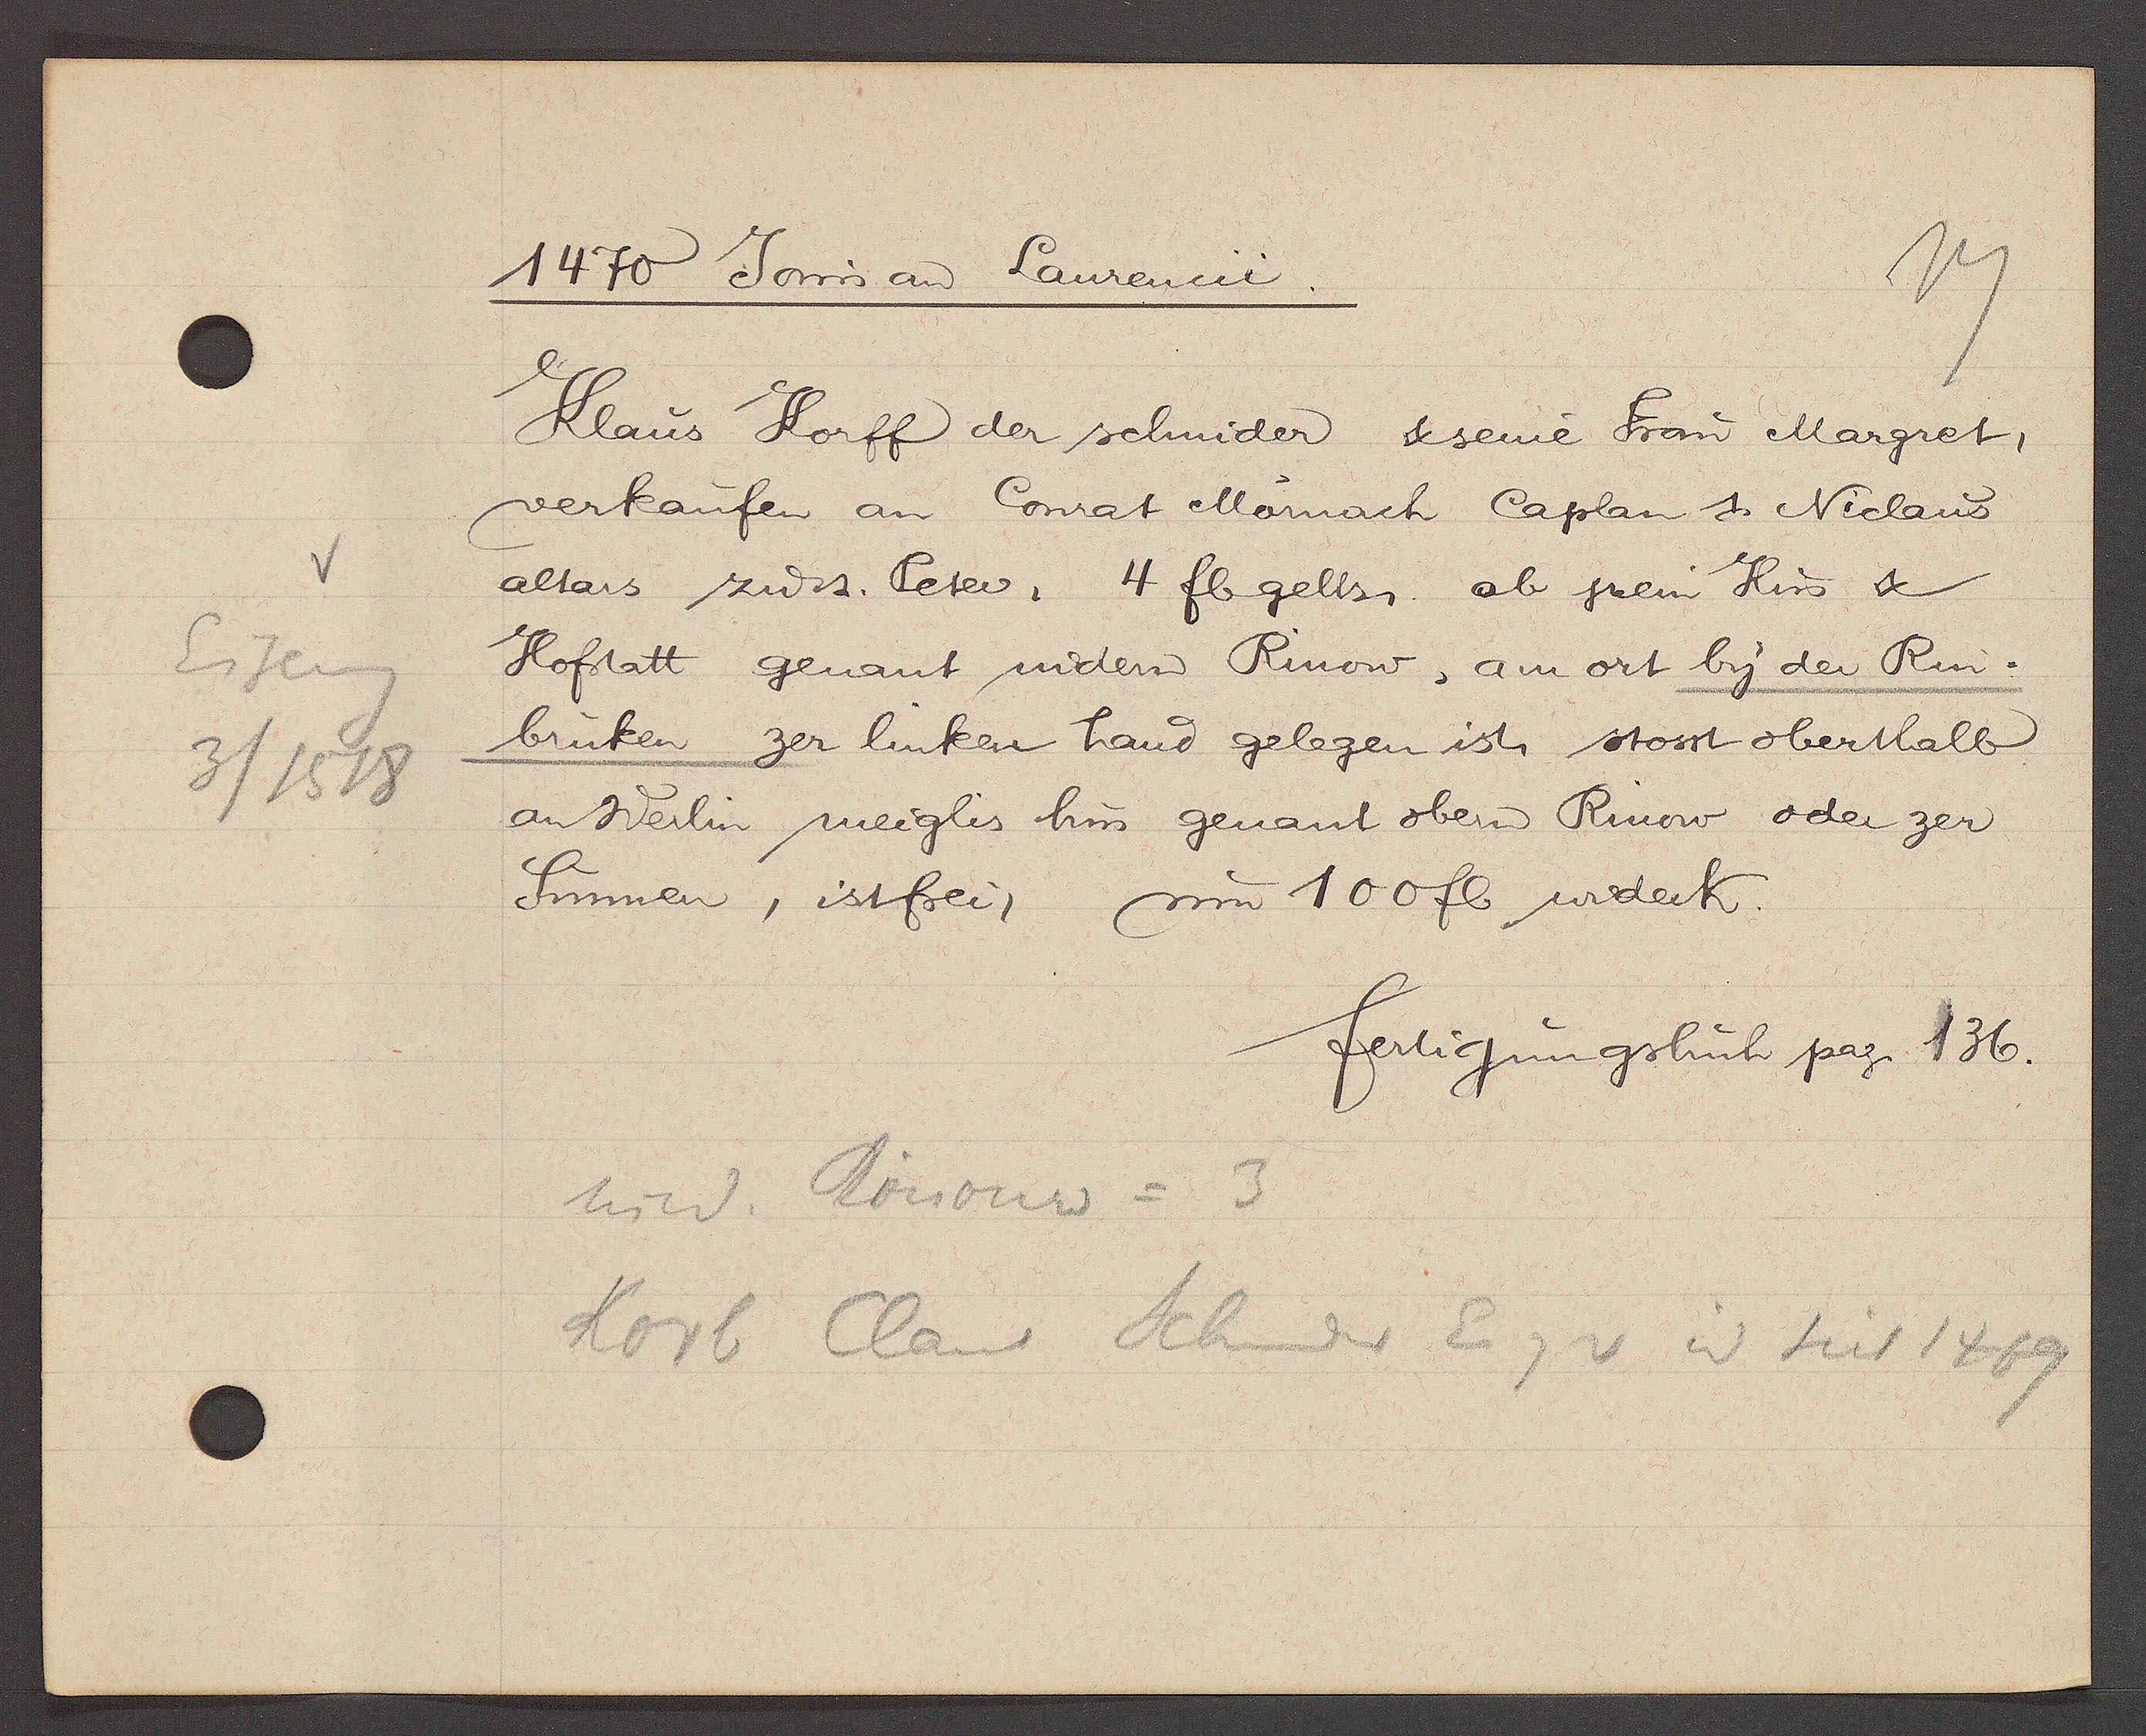
Transcript:
Eiseng
3/1518

1470 Jovvis aȵ Laurencii
Klaus Korff der schnider & seine Frau Margret,
verkaufen an Conrat Mornach Caplan 1? Niclaus
altars zu st. Peter, 4 fl gells. ab jrem Hus &
Hoftatt genant nidern Rinow, am ort by der Rin-
brüken zer linken hand gelegen ist. stosst oberthalb
an Werlin meiglis hus genant obern Rinow oder zer
Sunnen, ist frei, um 100 fl widerk.
fertigungsbuch pag. 136.
nied. Rinouw = 3
Korb Claus Schnider Eig v 3? seit 1469